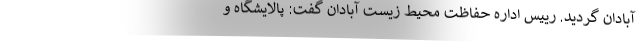
آبادان گردید. رییس اداره حفاظت محیط زیست آبادان گفت: پالایشگاه و